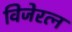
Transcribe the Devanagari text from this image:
विजेरत्न